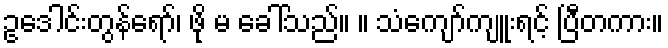
ဥဒေါင်းတွန်ရော်၊ ဖို မ ခေါ်သည်။ ။ သံကျော်ကျူးရင့် ပြီတကား။